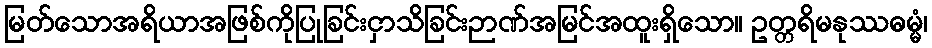
မြတ်သောအရိယာအဖြစ်ကိုပြုခြင်းငှာသိခြင်းဉာဏ်အမြင်အထူးရှိသော။ ဥတ္တရိမနုဿဓမ္မံ၊